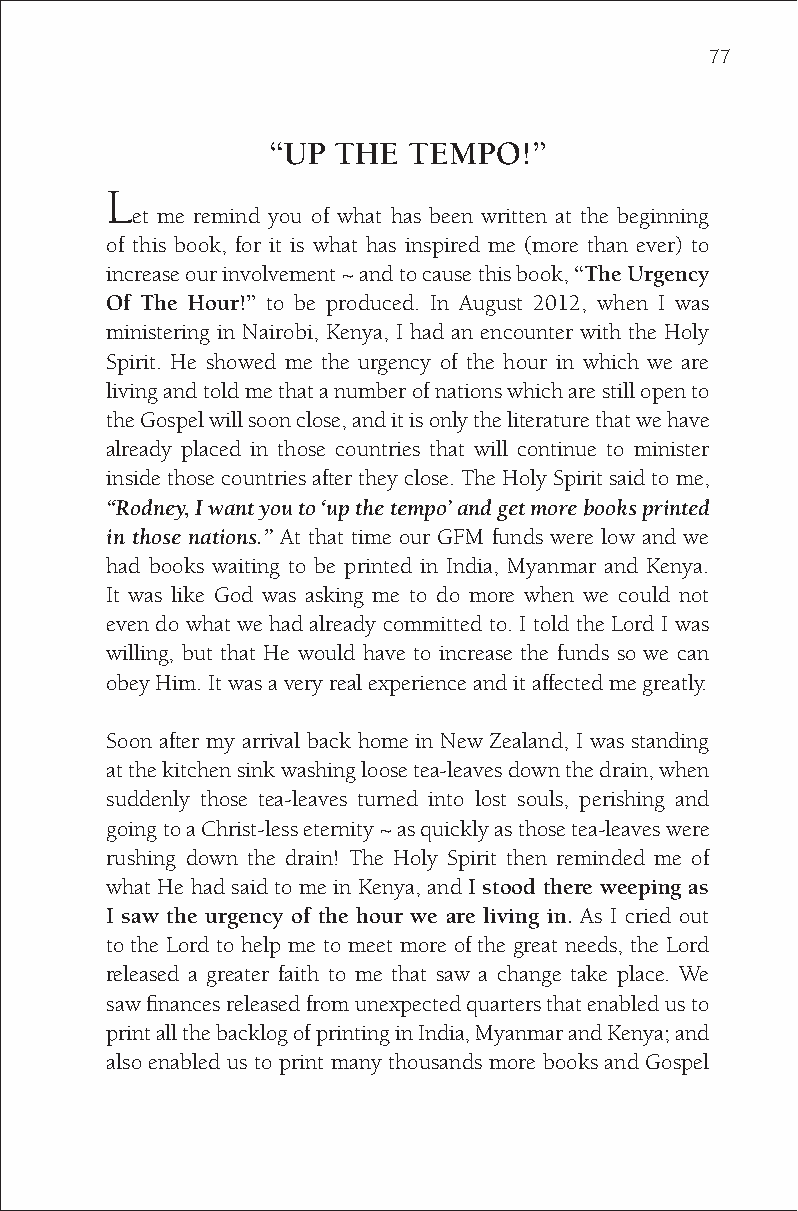
77
 “UP THE  TEMPO!”
 L
 et me remind you of what has been written at the beginning
 of this book, for it is what has inspired me (more than ever) to
 increase our involvement ~ and to cause this book, “The Urgency
 Of The Hour!” to be produced. In August 2012, when I was
 ministering in Nairobi, Kenya, I had an encounter with the Holy
 Spirit. He showed me the urgency of the hour in which we are
 living and told me that a number of nations which are still open to
 the Gospel will soon close, and it is only the literature that we have
 already placed in those countries that will continue to minister
 inside those countries after they close. The Holy Spirit said to me,
 “Rodney, I want you to ‘up the tempo’ and get more books printed
 in those nations.” At that time our GFM funds were low and we
 had books waiting to be printed in India, Myanmar and Kenya.
 It was like God was asking me to do more when we could not
 even do what we had already committed to. I told the Lord I was
 willing, but that He would have to increase the funds so we can
 obey Him. It was a very real experience and it affected me greatly.
 Soon after my arrival back home in New Zealand, I was standing
 at the kitchen sink washing loose tea-leaves down the drain, when
 suddenly those tea-leaves turned into lost souls, perishing and
 going to a Christ-less eternity ~ as quickly as those tea-leaves were
 rushing down the drain! The Holy Spirit then reminded me of
 what He had said to me in Kenya, and I stood there weeping as
 I saw the urgency of the hour we are living in. As I cried out
 to the Lord to help me to meet more of the great needs, the Lord
 released a greater faith to me that saw a change take place. We
 saw finances released from unexpected quarters that enabled us to
 print all the backlog of printing in India, Myanmar and Kenya; and
 also enabled us to print many thousands more books and Gospel